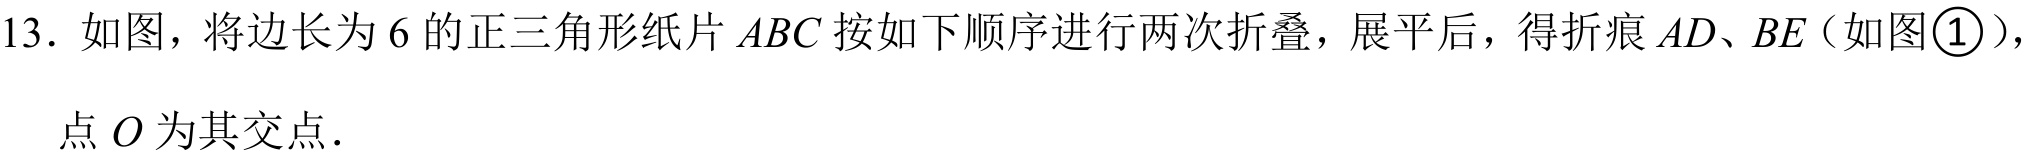
13. 如图，将边长为 \(6\) 的正三角形纸片 \(ABC\) 按如下顺序进行两次折叠，展平后，得折痕 \(AD、BE\)（如图\textcircled{1}），
点 \(O\) 为其交点.